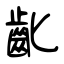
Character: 齔